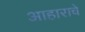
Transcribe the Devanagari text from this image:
आहाराचे